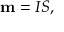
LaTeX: \mathbf { m } = I { \boldsymbol { S } } ,